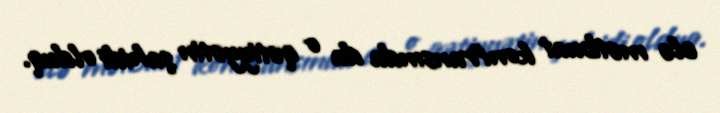
elə mətbuat konfransında da o qətiyyətin şahidi olduq.